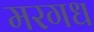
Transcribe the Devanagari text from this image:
मरगध